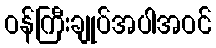
ဝန်ကြီးချုပ်အပါအဝင်